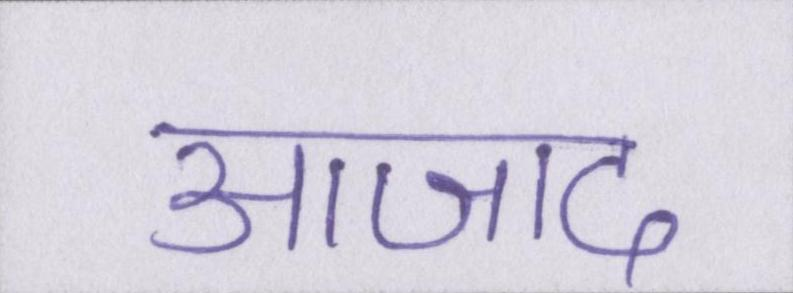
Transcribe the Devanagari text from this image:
आजाद